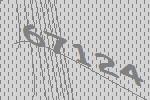
67124